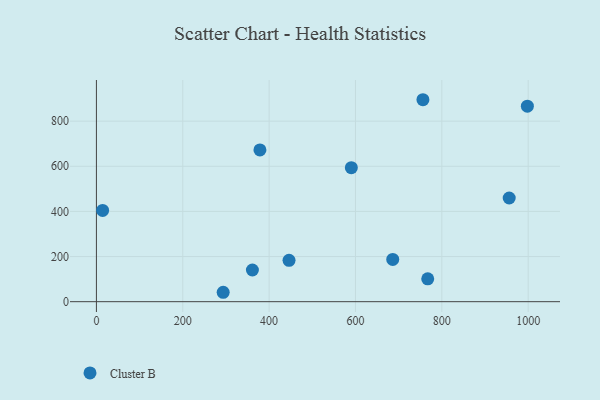
{"axis": {"x": "Price", "y": "Exam Score"}, "legend": ["Cluster B"], "data": [{"x": "756.2", "y": 895.0, "type": "Cluster B"}, {"x": "14.4", "y": 404.4, "type": "Cluster B"}, {"x": "293.6", "y": 41.7, "type": "Cluster B"}, {"x": "361.3", "y": 140.4, "type": "Cluster B"}, {"x": "446.1", "y": 183.5, "type": "Cluster B"}, {"x": "767.3", "y": 101.3, "type": "Cluster B"}, {"x": "590.4", "y": 593.7, "type": "Cluster B"}, {"x": "956.0", "y": 459.5, "type": "Cluster B"}, {"x": "998.1", "y": 866.6, "type": "Cluster B"}, {"x": "378.7", "y": 672.6, "type": "Cluster B"}, {"x": "686.3", "y": 187.1, "type": "Cluster B"}]}